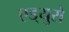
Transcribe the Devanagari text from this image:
एड्‌युरो